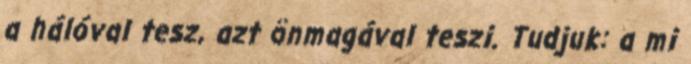
a hálóval tesz, azt önmagával teszi. Tudjuk: a mi